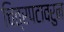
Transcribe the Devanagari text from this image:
चित्रपटावरुन